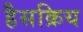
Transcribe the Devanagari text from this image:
हैसक्रिय